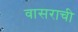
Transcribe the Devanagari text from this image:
वासराची